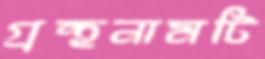
গ্রন্থনামটি